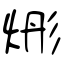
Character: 烿